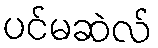
ပင်မဆဲလ်